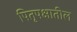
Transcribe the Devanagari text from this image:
पितृपक्षातील